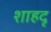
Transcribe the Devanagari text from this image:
शाहदृ